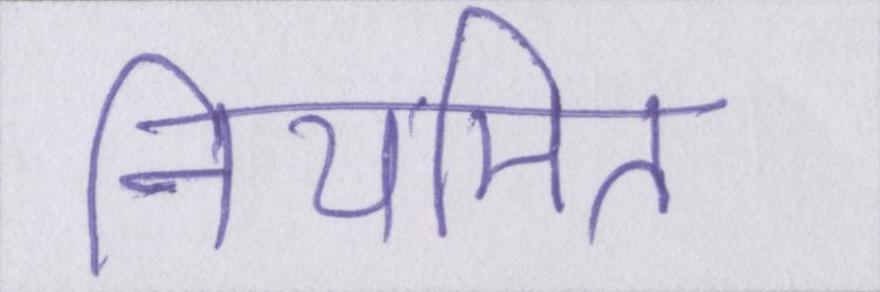
नियमित